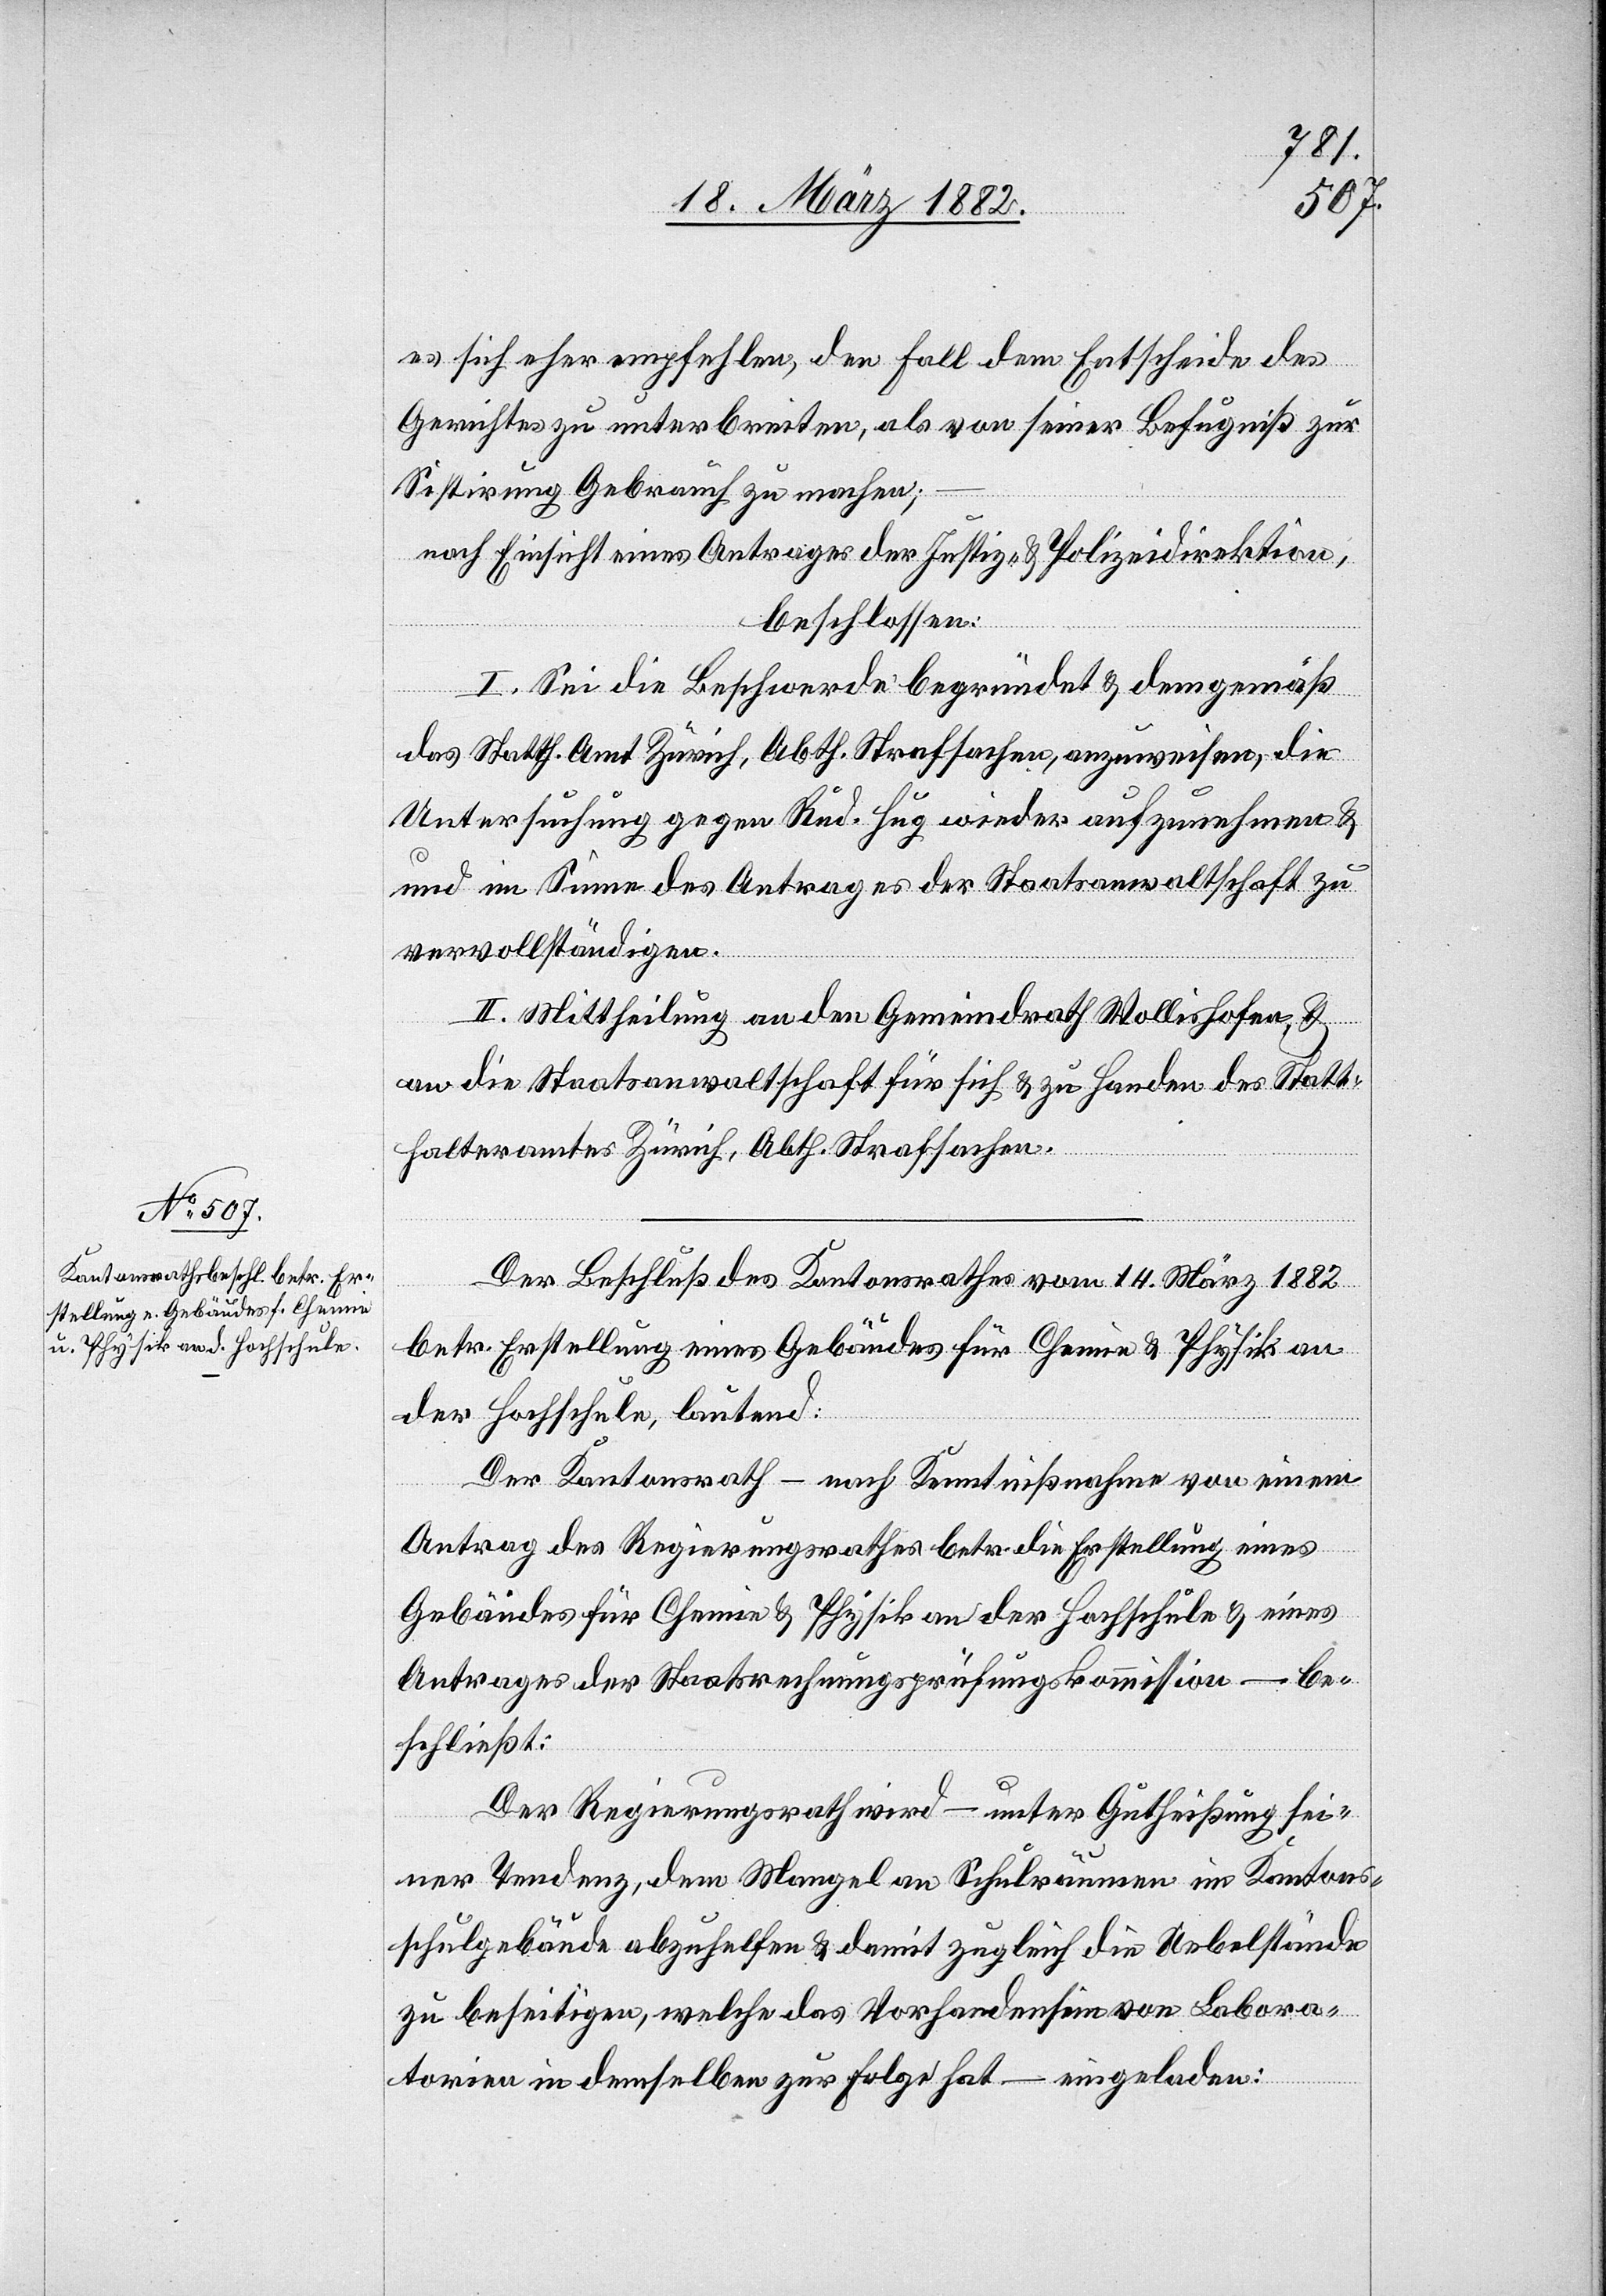
es sich eher empfehlen, den Fall dem Entscheide des
Gerichtes zu unterbreiten, als von seiner Befugniß zur
Sistierung Gebrauch zu machen;
nach Einsicht eines Antrages der Justiz- & Polizeidirektion,
beschlossen:
I. Sei die Beschwerde begründet & demgemäß
das Statth. Amt Zürich, Abth. Strafsachen, angewiesen, die
Untersuchung gegen Rud. Hug wieder aufzunehmen &
und im Sinne des Antrages der Staatsanwaltschaft zu
vervollständigen.
II. Mittheilung an den Gemeindrath Wollishofen &
an die Staatsanwaltschaft für sich & zu Handen des Statt¬
halteramtes Zürich, Abth. Strafsachen.
Der Beschluß des Kantonsrathes vom 14. März 1882
betr. Erstellung eines Gebäudes für Chemie & Physik an
der Hochschule, lautend:
Der Kantonsrath – nach Kenntnißnahme von einem
Antrag des Regierungsrathes betr. die Erstellung eines
Gebäudes für Chemie & Physik an der Hochschule & eines
Antrages der Staatsrechnungsprüfungskommission – be¬
schließt:
Der Regierungsrath wird – unter Gutheißung sei¬
ner Tendenz, dem Mangel an Schulräumen im Kantons¬
schulgebäude abzuhelfen & damit zugleich die Uebelstände
zu beseitigen, welche das Vorhandensein von Labora¬
torien in demselben zur Folge hat – eingeladen: